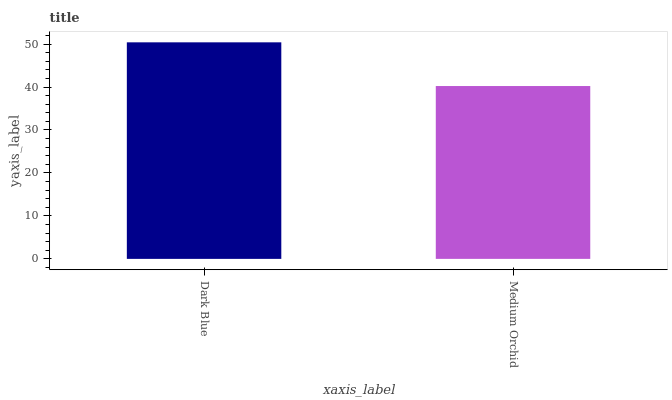
| xaxis_label | bars |
 | --- | --- |
 | Dark Blue | 50.4 |
 | Medium Orchid | 40.2 |